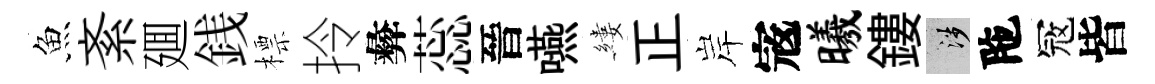
魚紊廽銭標拎彜蕊晉嚥縷正岸𡨥曦鏤涉陁冦皆